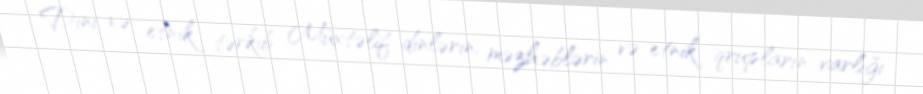
Dini və etnik tərkib Müxtəlif dinlərin, məzhəblərin və etnik qrupların varlığı